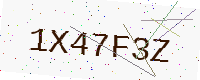
Text: 1X47F3Z